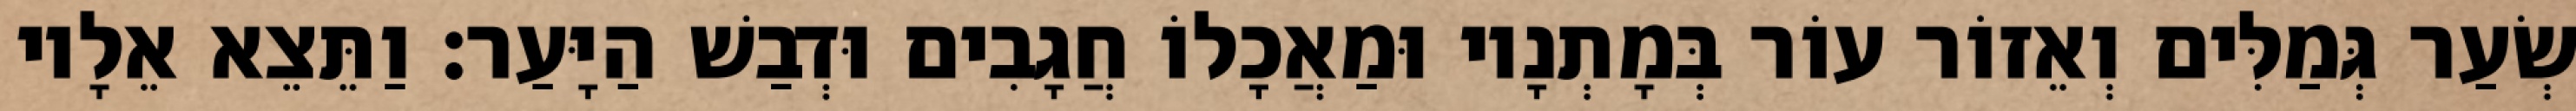
שְׂעַר גְּמַלִּים וְאֵזוֹר עוֹר בְּמָתְנָיו וּמַאֲכָלוֹ חֲגָבִים וּדְבַשׁ הַיָּעַר׃ וַתֵּצֵא אֵלָיו